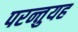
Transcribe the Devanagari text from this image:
परन्तुयह